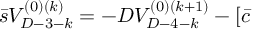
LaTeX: \bar { s } V _ { D - 3 - k } ^ { ( 0 ) ( k ) } = - D V _ { D - 4 - k } ^ { ( 0 ) ( k + 1 ) } - [ \bar { c }